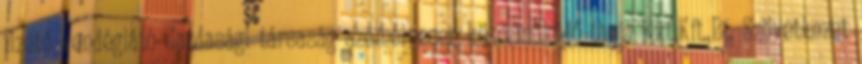
fizető vendéglátó Gazdasági társaság személyesen közreműködő tagja Kkt,Kft.,Bt. Szövetkezet